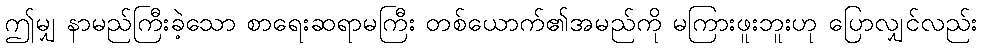
ဤမျှ နာမည်ကြီးခဲ့သော စာရေးဆရာမကြီး တစ်ယောက်၏အမည်ကို မကြားဖူးဘူးဟု ပြောလျှင်လည်း